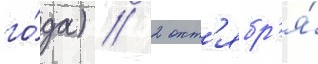
го́да) // 2 окт'ябр'я́